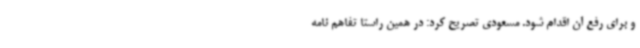
و برای رفع آن اقدام شود. مسعودی تصریح کرد: در همین راستا تفاهم نامه